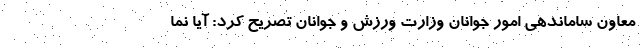
معاون ساماندهی امور جوانان وزارت ورزش و جوانان تصریح کرد: آیا نما